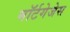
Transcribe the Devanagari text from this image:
मॉर्टगेजेस